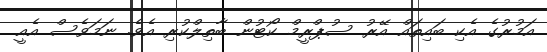
އަމުރުގެ އެކި ބައިތައް އޭރު ސުޕްރީމް ކޯޓުން ބާތިލްކުރި އެވެ. ނަމަވެސް އެއީ